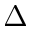
\Delta